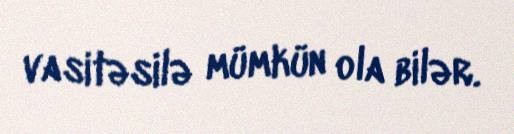
vasitəsilə mümkün ola bilər.